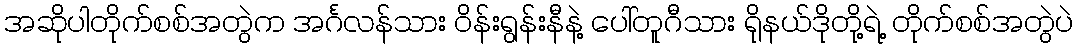
အဆိုပါတိုက်စစ်အတွဲက အင်္ဂလန်သား ဝိန်းရွန်းနီနဲ့ ပေါ်တူဂီသား ရိုနယ်ဒိုတို့ရဲ့ တိုက်စစ်အတွဲပဲ